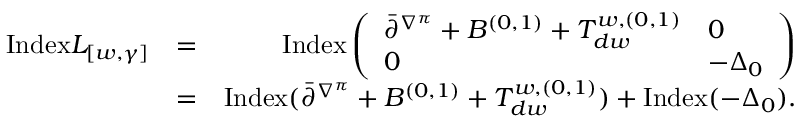
\begin{array} { r l r } { \mathrm { I n d e x } L _ { [ w , \gamma ] } } & { = } & { \mathrm { I n d e x } \left( \begin{array} { l l } { \bar { \partial } ^ { \nabla ^ { \pi } } + B ^ { ( 0 , 1 ) } + T _ { d w } ^ { w , ( 0 , 1 ) } } & { 0 } \\ { 0 } & { - \Delta _ { 0 } } \end{array} \right) } \\ & { = } & { \mathrm { I n d e x } ( \bar { \partial } ^ { \nabla ^ { \pi } } + B ^ { ( 0 , 1 ) } + T _ { d w } ^ { w , ( 0 , 1 ) } ) + \mathrm { I n d e x } ( - \Delta _ { 0 } ) . } \end{array}